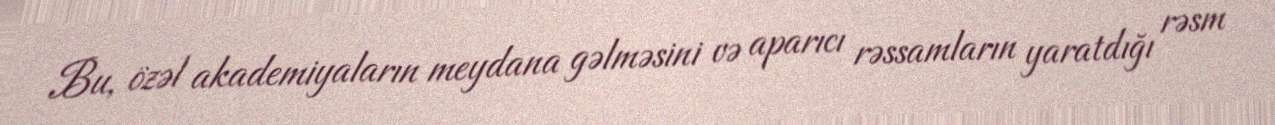
Bu, özəl akademiyaların meydana gəlməsini və aparıcı rəssamların yaratdığı rəsm